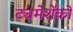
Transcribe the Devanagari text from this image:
ट्यमेशेंको